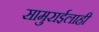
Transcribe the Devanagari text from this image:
सामुराईलाही